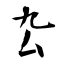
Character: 厹